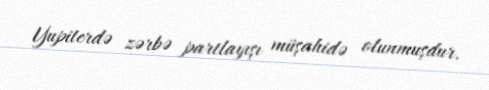
Yupiterdə zərbə partlayışı müşahidə olunmuşdur.